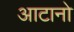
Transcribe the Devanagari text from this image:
आटानो